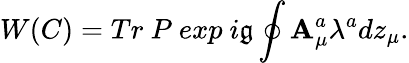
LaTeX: W(C)=Tr~P~exp~i\mathfrak{g}\oint\mathbf{A}_{\mu}^{a}\lambda^{a}dz_{\mu}.